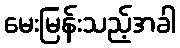
မေးမြန်းသည့်အခါ